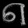
Digit: ၈